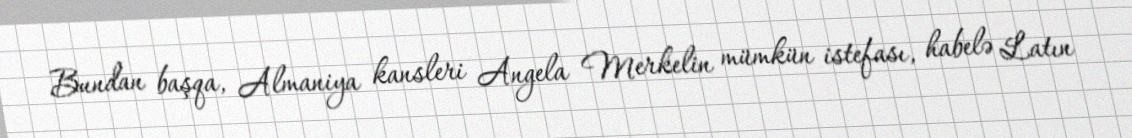
Bundan başqa, Almaniya kansleri Angela Merkelin mümkün istefası, habelə Latın